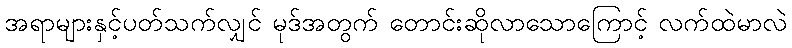
အရာများနှင့်ပတ်သက်လျှင် မုဒ်အတွက် တောင်းဆိုလာသောကြောင့် လက်ထဲမာလဲ